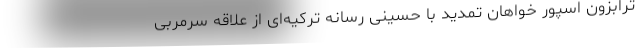
ترابزون اسپور خواهان تمدید با حسینی رسانه ترکیه‌ای از علاقه سرمربی